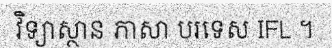
វិទ្យាស្ថាន ភាសា បរទេស IFL ។